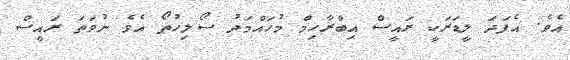
އެވެ. އެފަދަ ލީޑަރަކީ ރައީސް އިބްރާހިމް މުހައްމަދު ސޯލިހުތޯ އެވެ ނުވަތަ ރައީސް